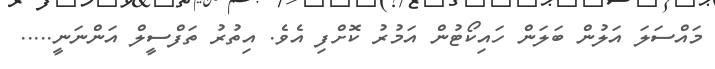
މައްސަލަ އަލުން ބަލަން ހައިކޯޓުން އަމުރު ކޮށްފި އެވެ. އިތުރު ތަފްސީލް އަންނަނީ.....